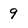
Character: 9